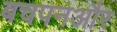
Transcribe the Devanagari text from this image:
बचपनऔर